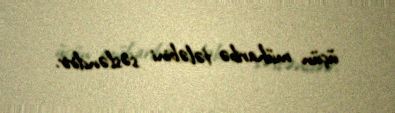
üçün müharibə tələbini səsləndirir.